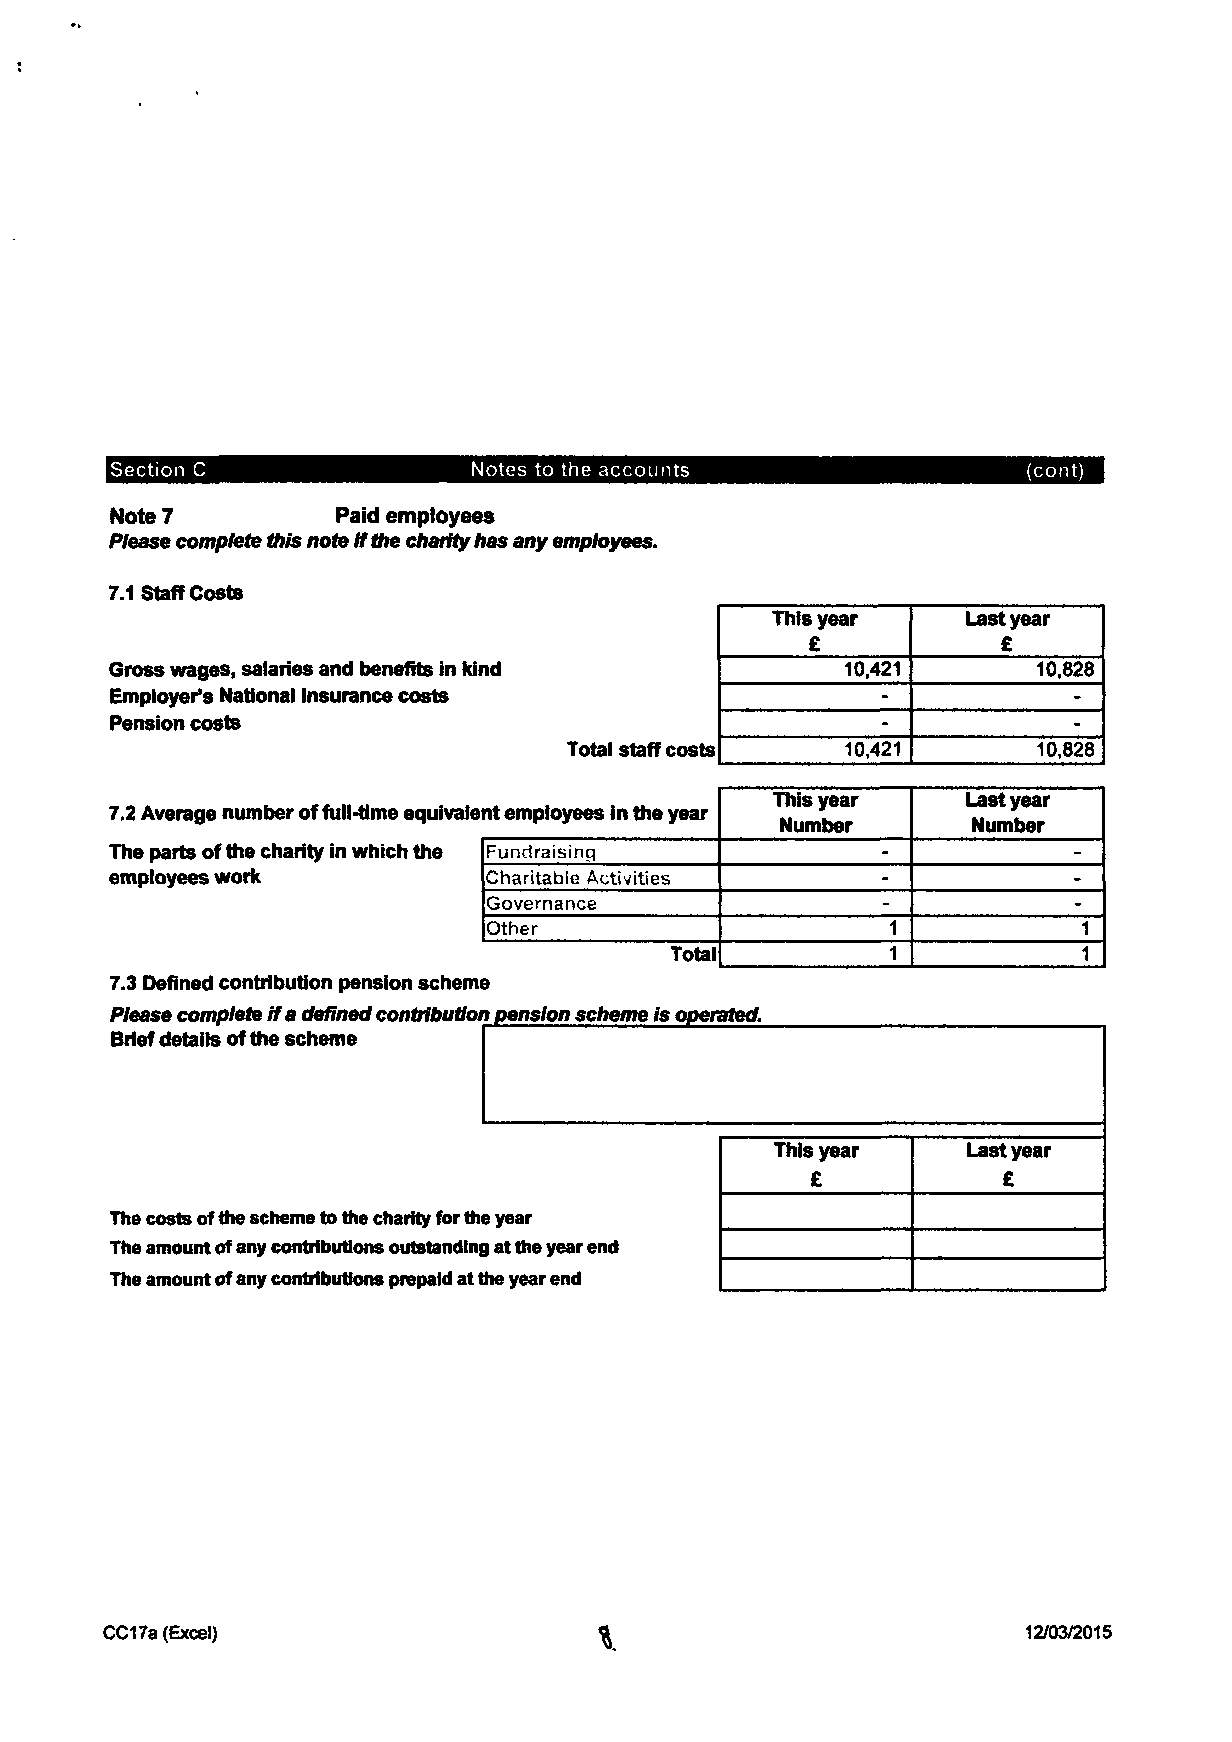
Section C               Notes to the accounts                (cont)
 Note 7         Paid employees
 Please complete this note if the charity has any employees.
 7.1 Staff Costs
 This year    Last year
 £           £
 Gross wages, salaries and benefits in kind       10,421       10.828
 Employer's National Insurance costs                -            -
 Pension costs                                      -            -
 Total staff costs 10,421       10,828
 This year    Last year
 7.2 Average number of full-time equivalent employees in the year
 Number      Number
 The parts of the charity in which the Fundraisinci
 employees work           Charitable Activities
 Governance
 Other
 Total
 7.3 Defined contribution pension scheme
 Please complete if a defined contribution pension scheme is operated.
 Brief details of the scheme
 This year    Last year
 £           £
 The costs of the scheme to the charity for the year
 The amount of any contributions outstanding at the year end
 The amount of any contributions prepaid at the year end
 CC17a (Excel)                                                12/03/2015